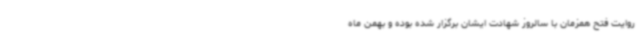
روایت فتح همزمان با سالروز شهادت ایشان برگزار شده بوده و بهمن ماه